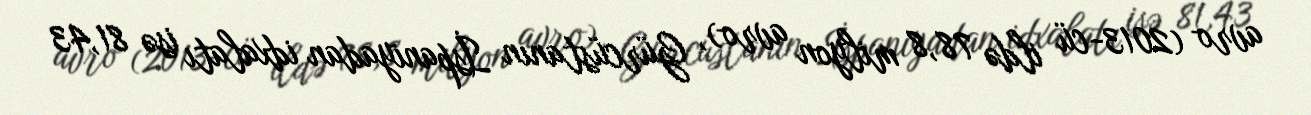
avro (2013-cü ildə 78,8 milyon avro), Gürcüstanın İspaniyadan idxalatı isə 81,43